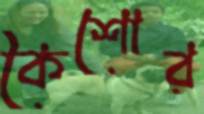
কৈশোর